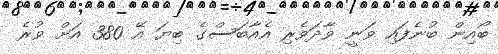
ބޯއިން ބުނެފައި ވަނީ ވާދަވެރި އެއާބަސްގެ ބިޔަ އޭ 380 އަށް ވުރެ